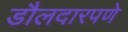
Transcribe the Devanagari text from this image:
डौलदारपणे